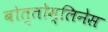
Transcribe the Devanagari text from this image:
बोत्तोम्लिनेस